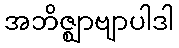
အဘိဇ္ဈာဗျာပါဒါ